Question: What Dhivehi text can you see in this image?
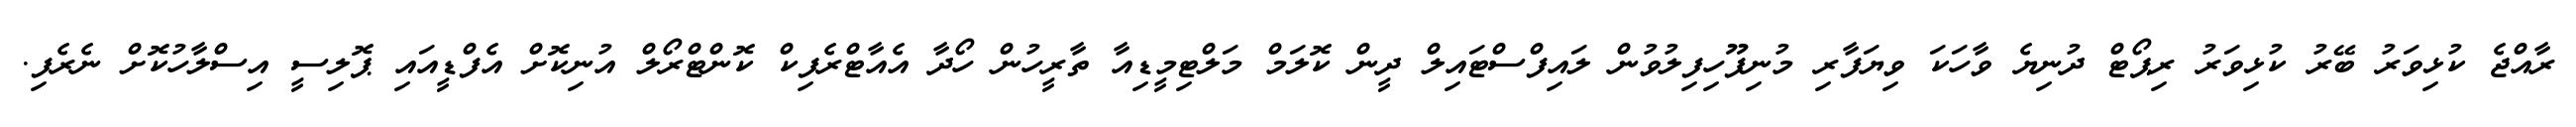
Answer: ރާއްޖެ ކުޅިވަރު ބޭރު ކުޅިވަރު ރިޕޯޓް ދުނިޔެ ވާހަކަ ވިޔަފާރި މުނިފޫހިފިލުވުން ލައިފްސްޓައިލް ދީން ކޮލަމް މަލްޓިމީޑިއާ ތާރީހުން ހޯދާ އެއާޓްރެފިކް ކޮންޓްރޯލް އުނިކޮށް އެފްޑީއައި ޕޮލިސީ އިސްލާހުކޮށް ނެރެފި.